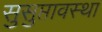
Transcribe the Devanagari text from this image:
सुसुप्तावस्था